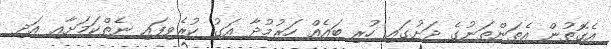
އެގޮތުން އެތަންތަނުގެ ދަށުގައި ހުރި ބައެއް ހަރުމުދާ އަގު ކުރެވިފައި ނެތްކަމަށާއި އަދި